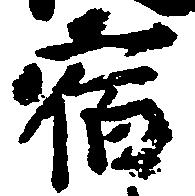
宿